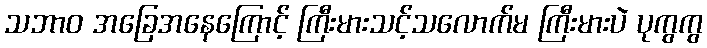
သဘာဝ အခြေအနေကြောင့် ကြီးမားသင့်သလောက်မ ကြီးမားပဲ ပုကွကွ